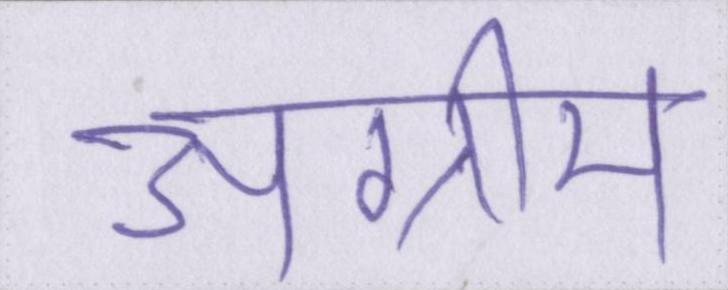
अग्रीम